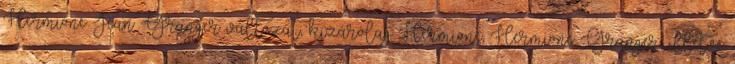
Hermione Jean Granger változat, kizárólag Hermione, Hermione Granger, illetve